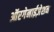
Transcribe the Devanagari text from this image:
ऑरगेनाईज़ेशन